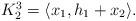
LaTeX: \begin{align*}\begin{array}{llllll}K^{3}_{2}=\langle x_1,h_1+x_2\rangle.\end{array}\end{align*}